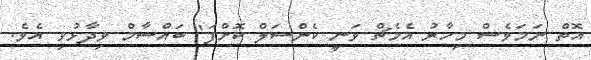
އޮތް ނަމަވެސް މިހާރު އެމެޗް ވަނީ ކެންސަލް ކޮށްފަ" ބައްސާމް ވިދާޅުވި އެވެ.